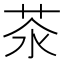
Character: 𦮭